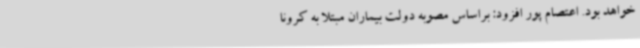
خواهد بود. اعتصام پور افزود: براساس مصوبه دولت بیماران مبتلا به کرونا